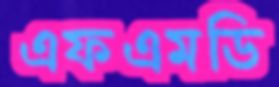
এফএমডি